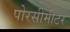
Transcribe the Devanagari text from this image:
पोरसीमीटर